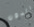
الدون